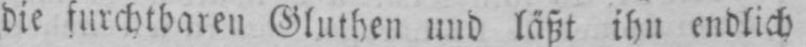
die furchtbaren Gluthen und läßt ihn endlich